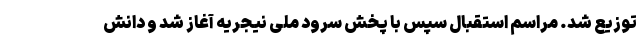
توزیع شد. مراسم استقبال سپس با پخش سرود ملی نیجریه آغاز شد و دانش